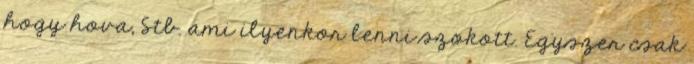
hogy hova, Stb. ami ilyenkor lenni szokott. Egyszer csak